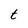
Character: t